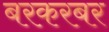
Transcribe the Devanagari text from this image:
बरकरबर